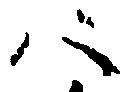
バ